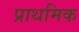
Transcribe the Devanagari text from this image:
प्राथमिक